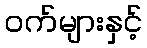
ဝက်များနှင့်